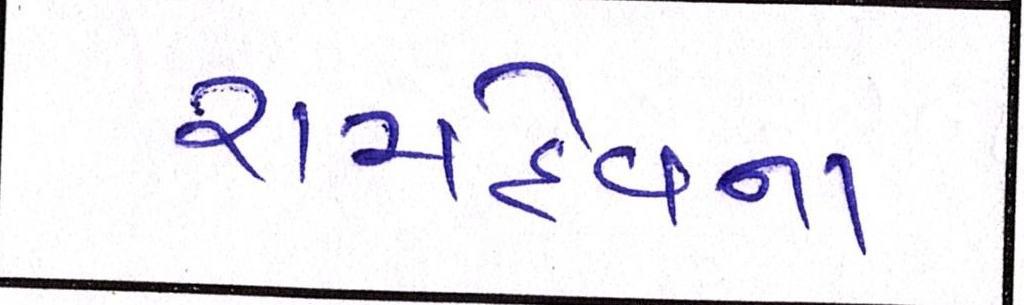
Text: રામદેવના